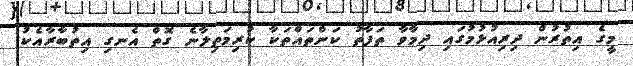
މީގެ އިތުރުން ދިރިއުޅުމުގައި ދިމާވާ ތަފާތު ކަންތައްތަކާ ކުރިމަތިލާނެ ގޮތް އެނގި އިތުބާރާއެކު